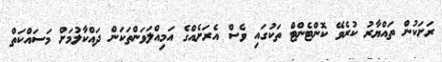
ރަށަކުން ތައްޔާރު ކުރެވޭ ކޮންޓެންޓް ތަކުގައި ވެސް އެރަށެއްގެ އަމިއްލަވަންތަކަން ދައްކާލުމަށް މަސައްކަތް